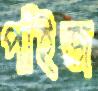
পাঁইজ